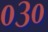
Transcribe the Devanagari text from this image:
०३०